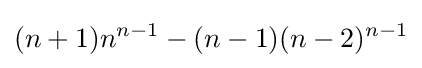
(n+1)n^{n-1}-(n-1)(n-2)^{n-1}